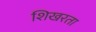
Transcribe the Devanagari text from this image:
शिखरता